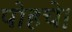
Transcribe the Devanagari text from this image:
पोहचे।